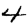
Digit: 4